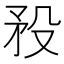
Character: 𥍟